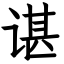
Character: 谌